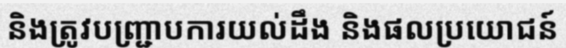
និងត្រូវបញ្ជ្រាបការយល់ដឹង និងផលប្រយោជន៍